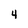
Character: 4